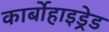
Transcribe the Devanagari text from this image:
कार्बोहाइड्रेड